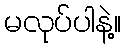
မလုပ်ပါနဲ့။